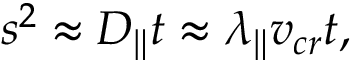
s ^ { 2 } \approx D _ { \| } t \approx \lambda _ { \| } v _ { c r } t ,